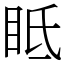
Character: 眡